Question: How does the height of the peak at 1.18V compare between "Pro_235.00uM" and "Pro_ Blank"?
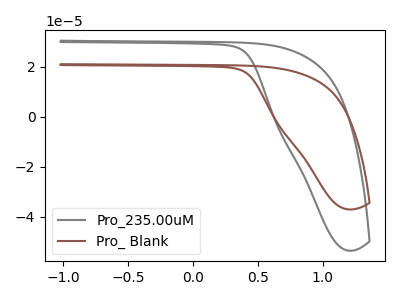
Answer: <think>The gray curve "Pro_235.00uM" has no peaks. The brown curve "Pro_ Blank" has no peaks.</think>
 <answer>"Pro_235.00uM" and "Pro_ Blank" dont share a peak at 1.18V.</answer>
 <eval>mismatch</eval>